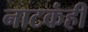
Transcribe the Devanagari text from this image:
नाटकंही